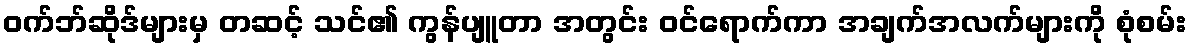
ဝက်ဘ်ဆိုဒ်များမှ တဆင့် သင်၏ ကွန်ပျူတာ အတွင်း ဝင်ရောက်ကာ အချက်အလက်များကို စုံစမ်း